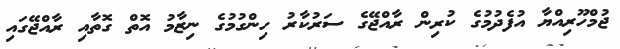
ޖުމްހޫރިއްޔާ އުފެދުމުގެ ކުރިން ރާއްޖޭގެ ސަރުކާރު ހިންގުމުގެ ނިޒާމު އޮތް ގޮތާއި ރާއްޖޭގައި